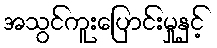
အသွင်ကူးပြောင်းမှုနှင့်